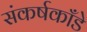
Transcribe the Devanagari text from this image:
संकर्षकाँडे